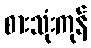
စားသုံးကုန်